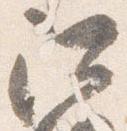
阿